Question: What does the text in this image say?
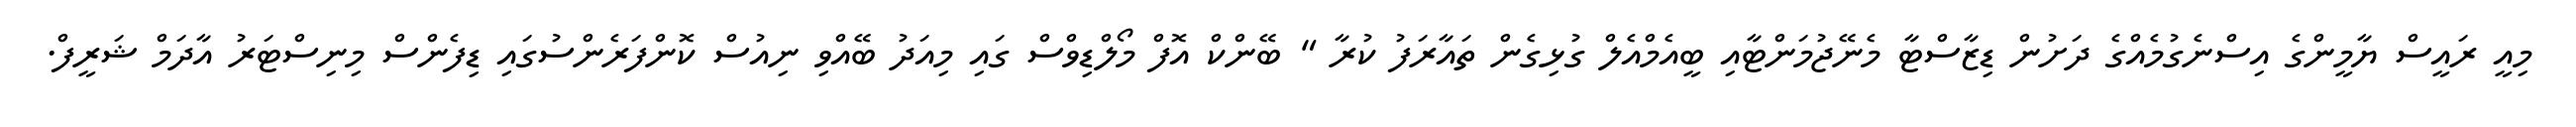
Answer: މިއީ ރައީސް ޔާމީންގެ އިސްނެގުމެއްގެ ދަށުން ޑިޒާސްޓާ މެނޭޖުމަންޓާއި ބީއެމްއެލް ގުޅިގެން ތައާރަފު ކުރާ " ބޭންކް އޮފް މޯލްޑިވްސް ގައި މިއަދު ބޭއްވި ނިއުސް ކޮންފަރެންސުގައި ޑިފެންސް މިނިސްޓަރު އާދަމް ޝަރީފް.